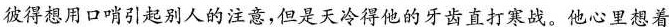
彼得想用口哨引起别人的注意，但是天冷得他的牙齿直打寒战。他心里想着